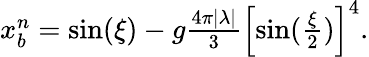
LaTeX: \begin{array}{r}{x_{b}^{n}=\sin(\xi)-g\frac{4\pi|\lambda|}{3}\left[\sin(\frac{\xi}{2})\right]^{4}.}\end{array}